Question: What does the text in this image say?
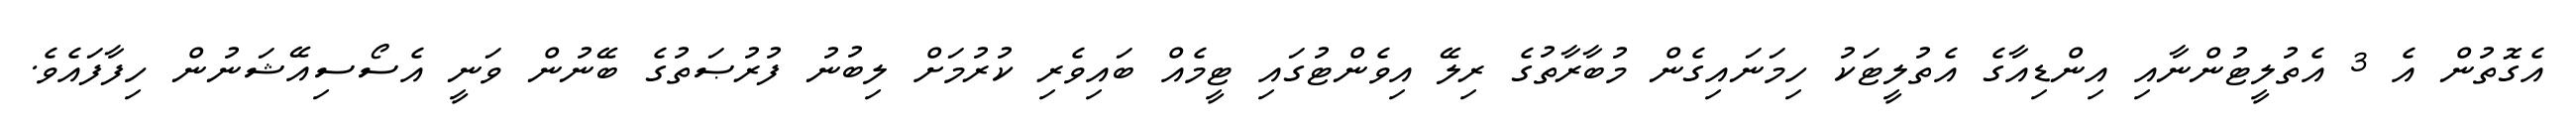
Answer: އެގޮތުން އެ 3 އެތުލީޓުންނާއި އިންޑިއާގެ އެތުލީޓަކު ހިމަނައިގެން މުބާރާތުގެ ރިލޭ އިވެންޓުގައި ޓީމެއް ބައިވެރި ކުރުމަށް ލިބުނު ފުރުޞަތުގެ ބޭނުން ވަނީ އެސޯސިއޭޝަނުން ހިފާފައެވެ.